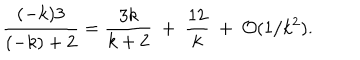
LaTeX: { \frac { ( - k ) 3 } { ( - k ) + 2 } } = { \frac { 3 k } { k + 2 } } ~ + ~ { \frac { 1 2 } { k } } ~ + ~ { \cal O } ( 1 / k ^ { 2 } ) .